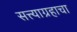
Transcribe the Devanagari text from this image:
सत्त्याग्रहाचा